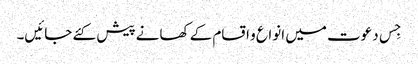
جِس دعوت میں انواع و اقسام کے کھانے پیش کئے جائیں۔